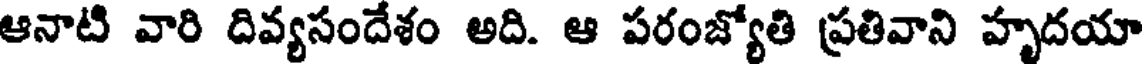
ఆనాటి వారి దివ్యసందేశం అది. ఆ పరంజ్యోతి ప్రతివాని హృదయా